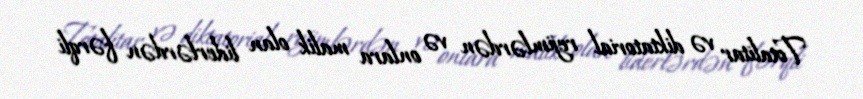
Totalitar və diktatorial rejimlərdən və onlara malik olan liderlərdən fərqli